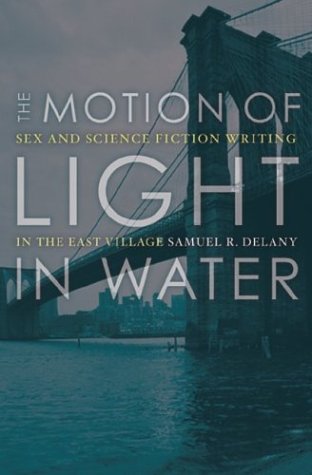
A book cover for The Motion Of Light In Water: Sex And Science Fiction Writing In The East Village; Samuel R. Delany; Science Fiction & Fantasy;